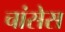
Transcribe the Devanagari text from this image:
चांसेस